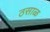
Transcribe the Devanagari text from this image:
ठसाळ